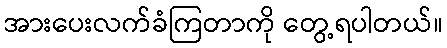
အားပေးလက်ခံကြတာကို တွေ့ရပါတယ်။